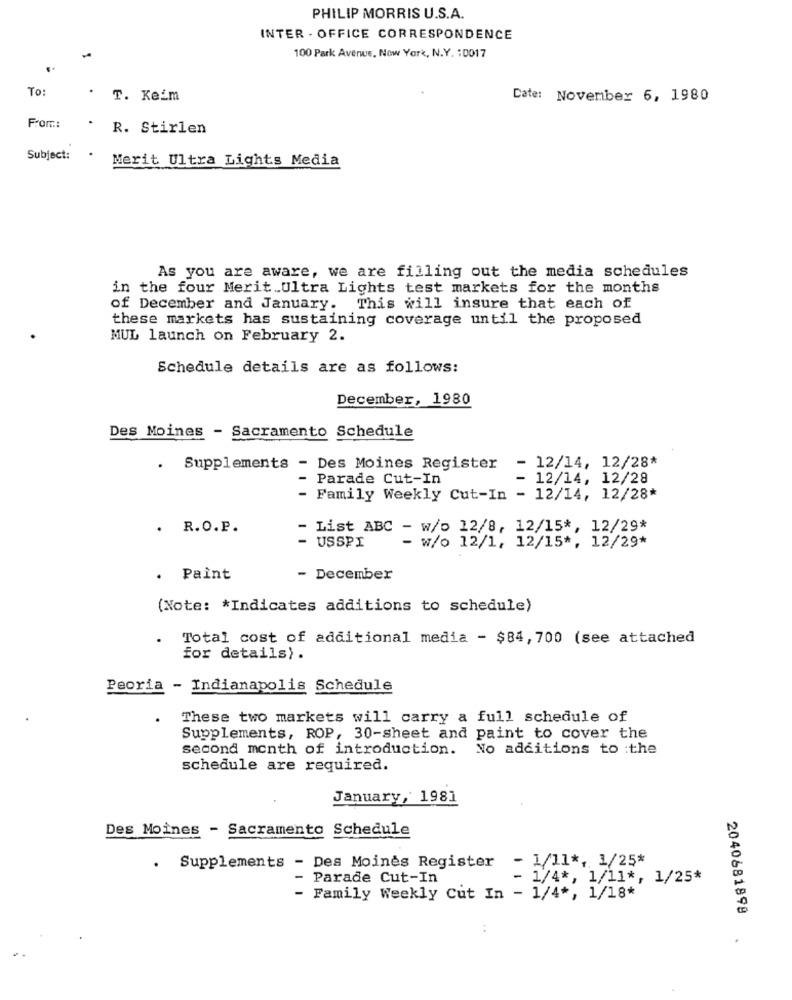
PHILIP MORRIS U.S.A.
INTER - OFFICE CORRESPONDENCE
100 Park Avenue, Now York, N.Y. : 0017
To:
T. Keim
Date: November 6, 1980
From:
. R. Stirlen
Subject:
Merit Ultra Lights Media
As you are aware, we are filling out the media schedules
in the four Merit Ultra Lights test markets for the months
of December and January. This will insure that each of
these markets has sustaining coverage until the proposed
MUL launch on February 2.
Schedule details are as follows:
December, 1980
Des Moines - Sacramento Schedule
- 12/14, 12/28*
.
Supplements - Des Moines Register
- Parade Cut-In
12/14, 12/28
- Family Weekly Cut-In - 12/14, 12/28*
. R.O.P.
- List ABC - w/o 12/8, 12/15 *, 12/29*
- w/o 12/1, 12/15 *, 12/29*
- USSPI
. Paint
- December
(Note: * Indicates additions to schedule)
. Total cost of additional media - $84, 700 (see attached
for details).
Peoria - Indianapolis Schedule
These two markets will carry a full schedule of
Supplements, ROP, 30-sheet and paint to cover the
second month of introduction.
No additions to :the
schedule are required.
January, 1981
Des Moines - Sacramento Schedule
. Supplements - Des Moines Register - 1/11 *, 1/25*
- Parade Cut-In
- 1/4 *, 1/11 *, 1/25*
- Family Weekly Cut In - 1/4 *, 1/18*
2040681898